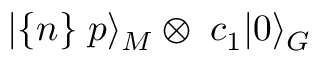
| \{ n \} \; p \rangle _ { M } \otimes \; c _ { 1 } | 0 \rangle _ { G }